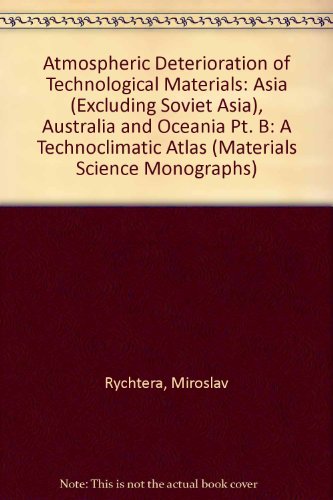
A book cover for Atmospheric Deterioration of Technological Materials: A Technoclimatic Atlas : Part B : Asia; Miroslav Rychtera; Travel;